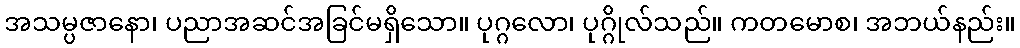
အသမ္ပဇာနော၊ ပညာအဆင်အခြင်မရှိသော။ ပုဂ္ဂလော၊ ပုဂ္ဂိုလ်သည်။ ကတမောစ၊ အဘယ်နည်း။